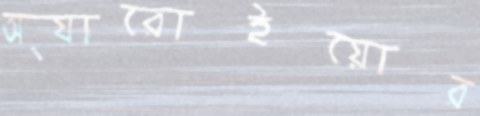
অ্যারোইয়োর